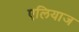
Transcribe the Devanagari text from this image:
एलियाज